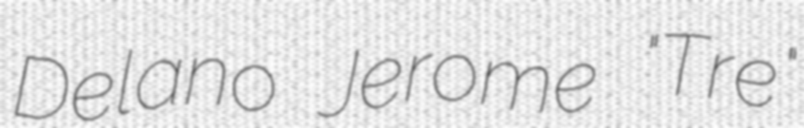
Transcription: Delano Jerome "Tre"